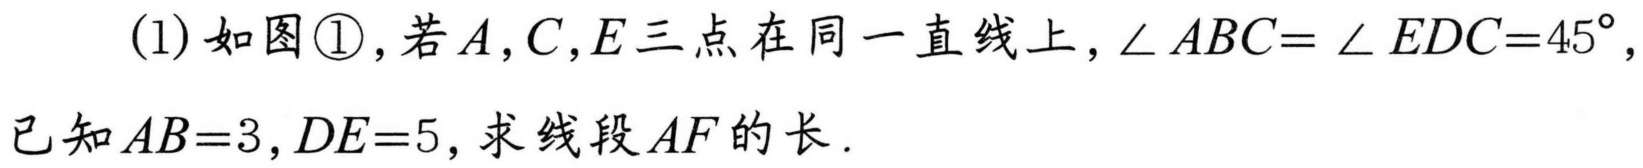
(1) 如图\textcircled{1}，若\(A,C,E\)三点在同一直线上，\(\angle ABC = \angle EDC = 45^{\circ}\)，已知\(AB = 3\)，\(DE = 5\)，求线段\(AF\)的长.